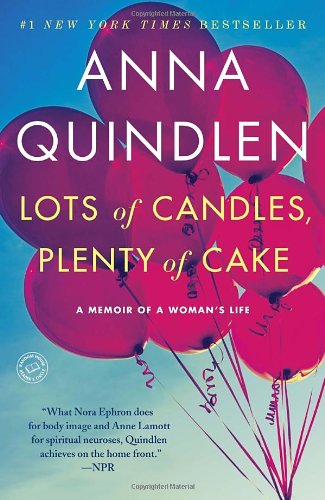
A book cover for Lots of Candles, Plenty of Cake; Anna Quindlen; Parenting & Relationships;